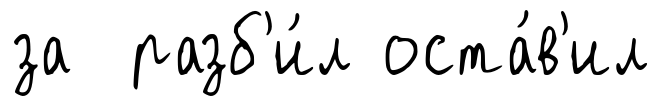
за разб'и́л оста́в'ил